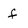
Character: f